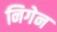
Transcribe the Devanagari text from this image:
निगेन